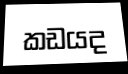
කඩයද